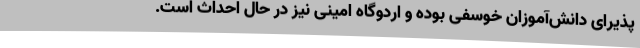
پذیرای دانش‌آموزان خوسفی بوده و اردوگاه امینی نیز در حال احداث است.